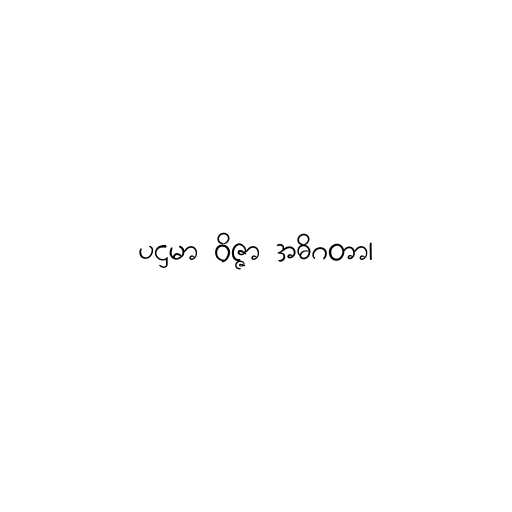
ပဌမာ ဝိဇ္ဇာ အဓိဂတာ၊